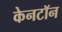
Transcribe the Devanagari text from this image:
केनटॉन